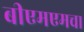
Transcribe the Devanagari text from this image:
बीएमएमचा